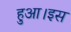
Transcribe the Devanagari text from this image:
हुआ।इस